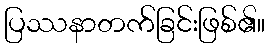
ပြဿနာတက်ခြင်းဖြစ်၏။